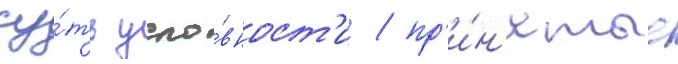
су́ть усло́вност'и / пр'и́н'ятые